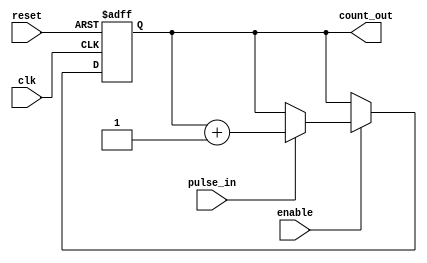
module pulse_counter (
    input wire clk,          // Clock signal
    input wire reset,        // Asynchronous reset
    input wire pulse_in,     // Input pulse signal
    input wire enable,       // Enable signal
    output reg [15:0] count_out // 16-bit output count (adjust width as needed)
);

    // Always block for synchronous counting
    always @(posedge clk or posedge reset) begin
        if (reset) begin
            count_out <= 16'b0; // Reset count to 0
        end else if (enable) begin
            // Increment count on rising edge of pulse_in
            if (pulse_in) begin
                count_out <= count_out + 1;
            end
        end
    end

endmodule